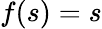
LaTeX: f(s)=s